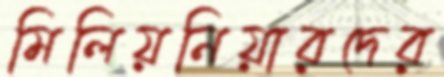
মিলিয়নিয়ারদের